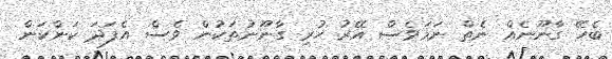
ބެހޭ ގާނޫނެއް ނެތް ނަމަވެސް އޭރު ހުރި ގާނޫނުތަކުން ވެސް އެފަދަ ކަންކަން